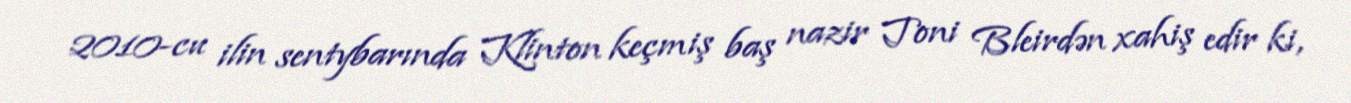
2010-cu ilin sentybarında Klinton keçmiş baş nazir Toni Bleirdən xahiş edir ki,